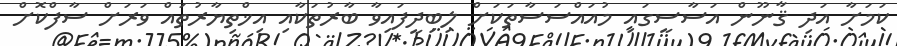
ކަމަށާ އަދި ޤާނޫން އަސާސީގައި މުއައްސަސާތަކަށް ލިބިދީފައިވާ ބާރުތަކާއި އިޚްތިޔާރުތައް ވަރަށް ސާފްކޮށް